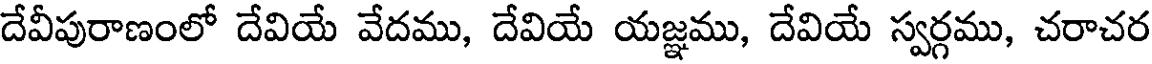
దేవీపురాణంలో దేవియే వేదము, దేవియే యజ్ఞము, దేవియే స్వర్గము, చరాచర